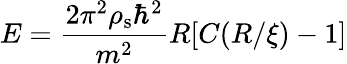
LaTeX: E=\frac{2\pi^{2}\rho_{\mathrm{s}}\hbar^{2}}{m^{2}}R[C(R/\xi)-1]